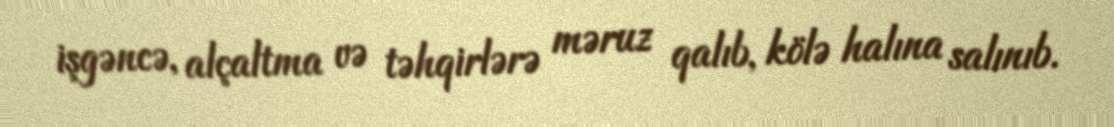
işgəncə, alçaltma və təhqirlərə məruz qalıb, kölə halına salınıb.